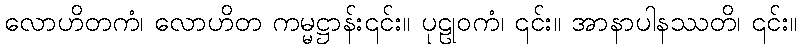
လောဟိတကံ၊ လောဟိတ ကမ္မဋ္ဌာန်း၎င်း။ ပုဠုဝကံ၊ ၎င်း။ အာနာပါနဿတိ၊ ၎င်း။